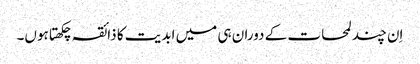
اِن چند لمحات کے دوران ہی میں ابدیت کا ذائقہ چکھتا ہوں۔